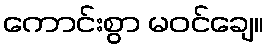
ကောင်းစွာ မဝင်ချေ။